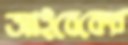
আইবেকের